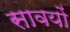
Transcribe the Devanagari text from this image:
सावयों